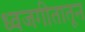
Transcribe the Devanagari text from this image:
ध्वजगीतातून